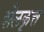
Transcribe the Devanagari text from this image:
शैलकृत्त